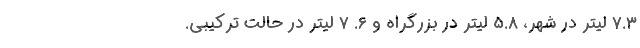
7.3 لیتر در شهر، 5.8 لیتر در بزرگراه و 6. 7 لیتر در حالت ترکیبی.